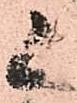
候